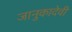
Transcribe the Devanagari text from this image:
जानुकादेवी